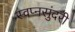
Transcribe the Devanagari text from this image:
स्वप्नसुंदरी